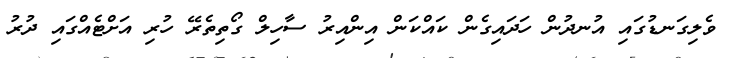
ވެލިގަނޑުގައި އުނދުން ހަދައިގެން ކައްކަން އިންއިރު ސާހިލް ގޯތިތެރޭ ހުރި އަށްޓެއްގައި ދުރު